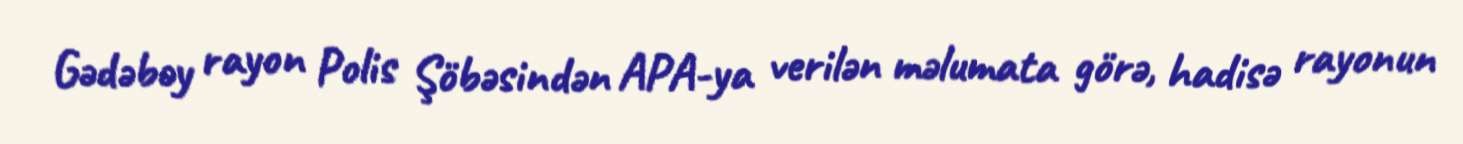
Gədəbəy rayon Polis Şöbəsindən APA-ya verilən məlumata görə, hadisə rayonun